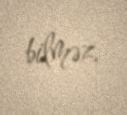
bilməz.